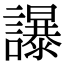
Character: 𧭤